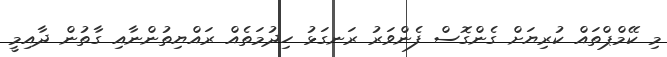
މި ކޭމްޕްތައް ކުރިޔަށް ގެންގޮސް ފެންވަރު ރަނގަޅު ހިދުމަތެއް ރައްޔިތުންނާއި ގާތުން ދާއިމީ